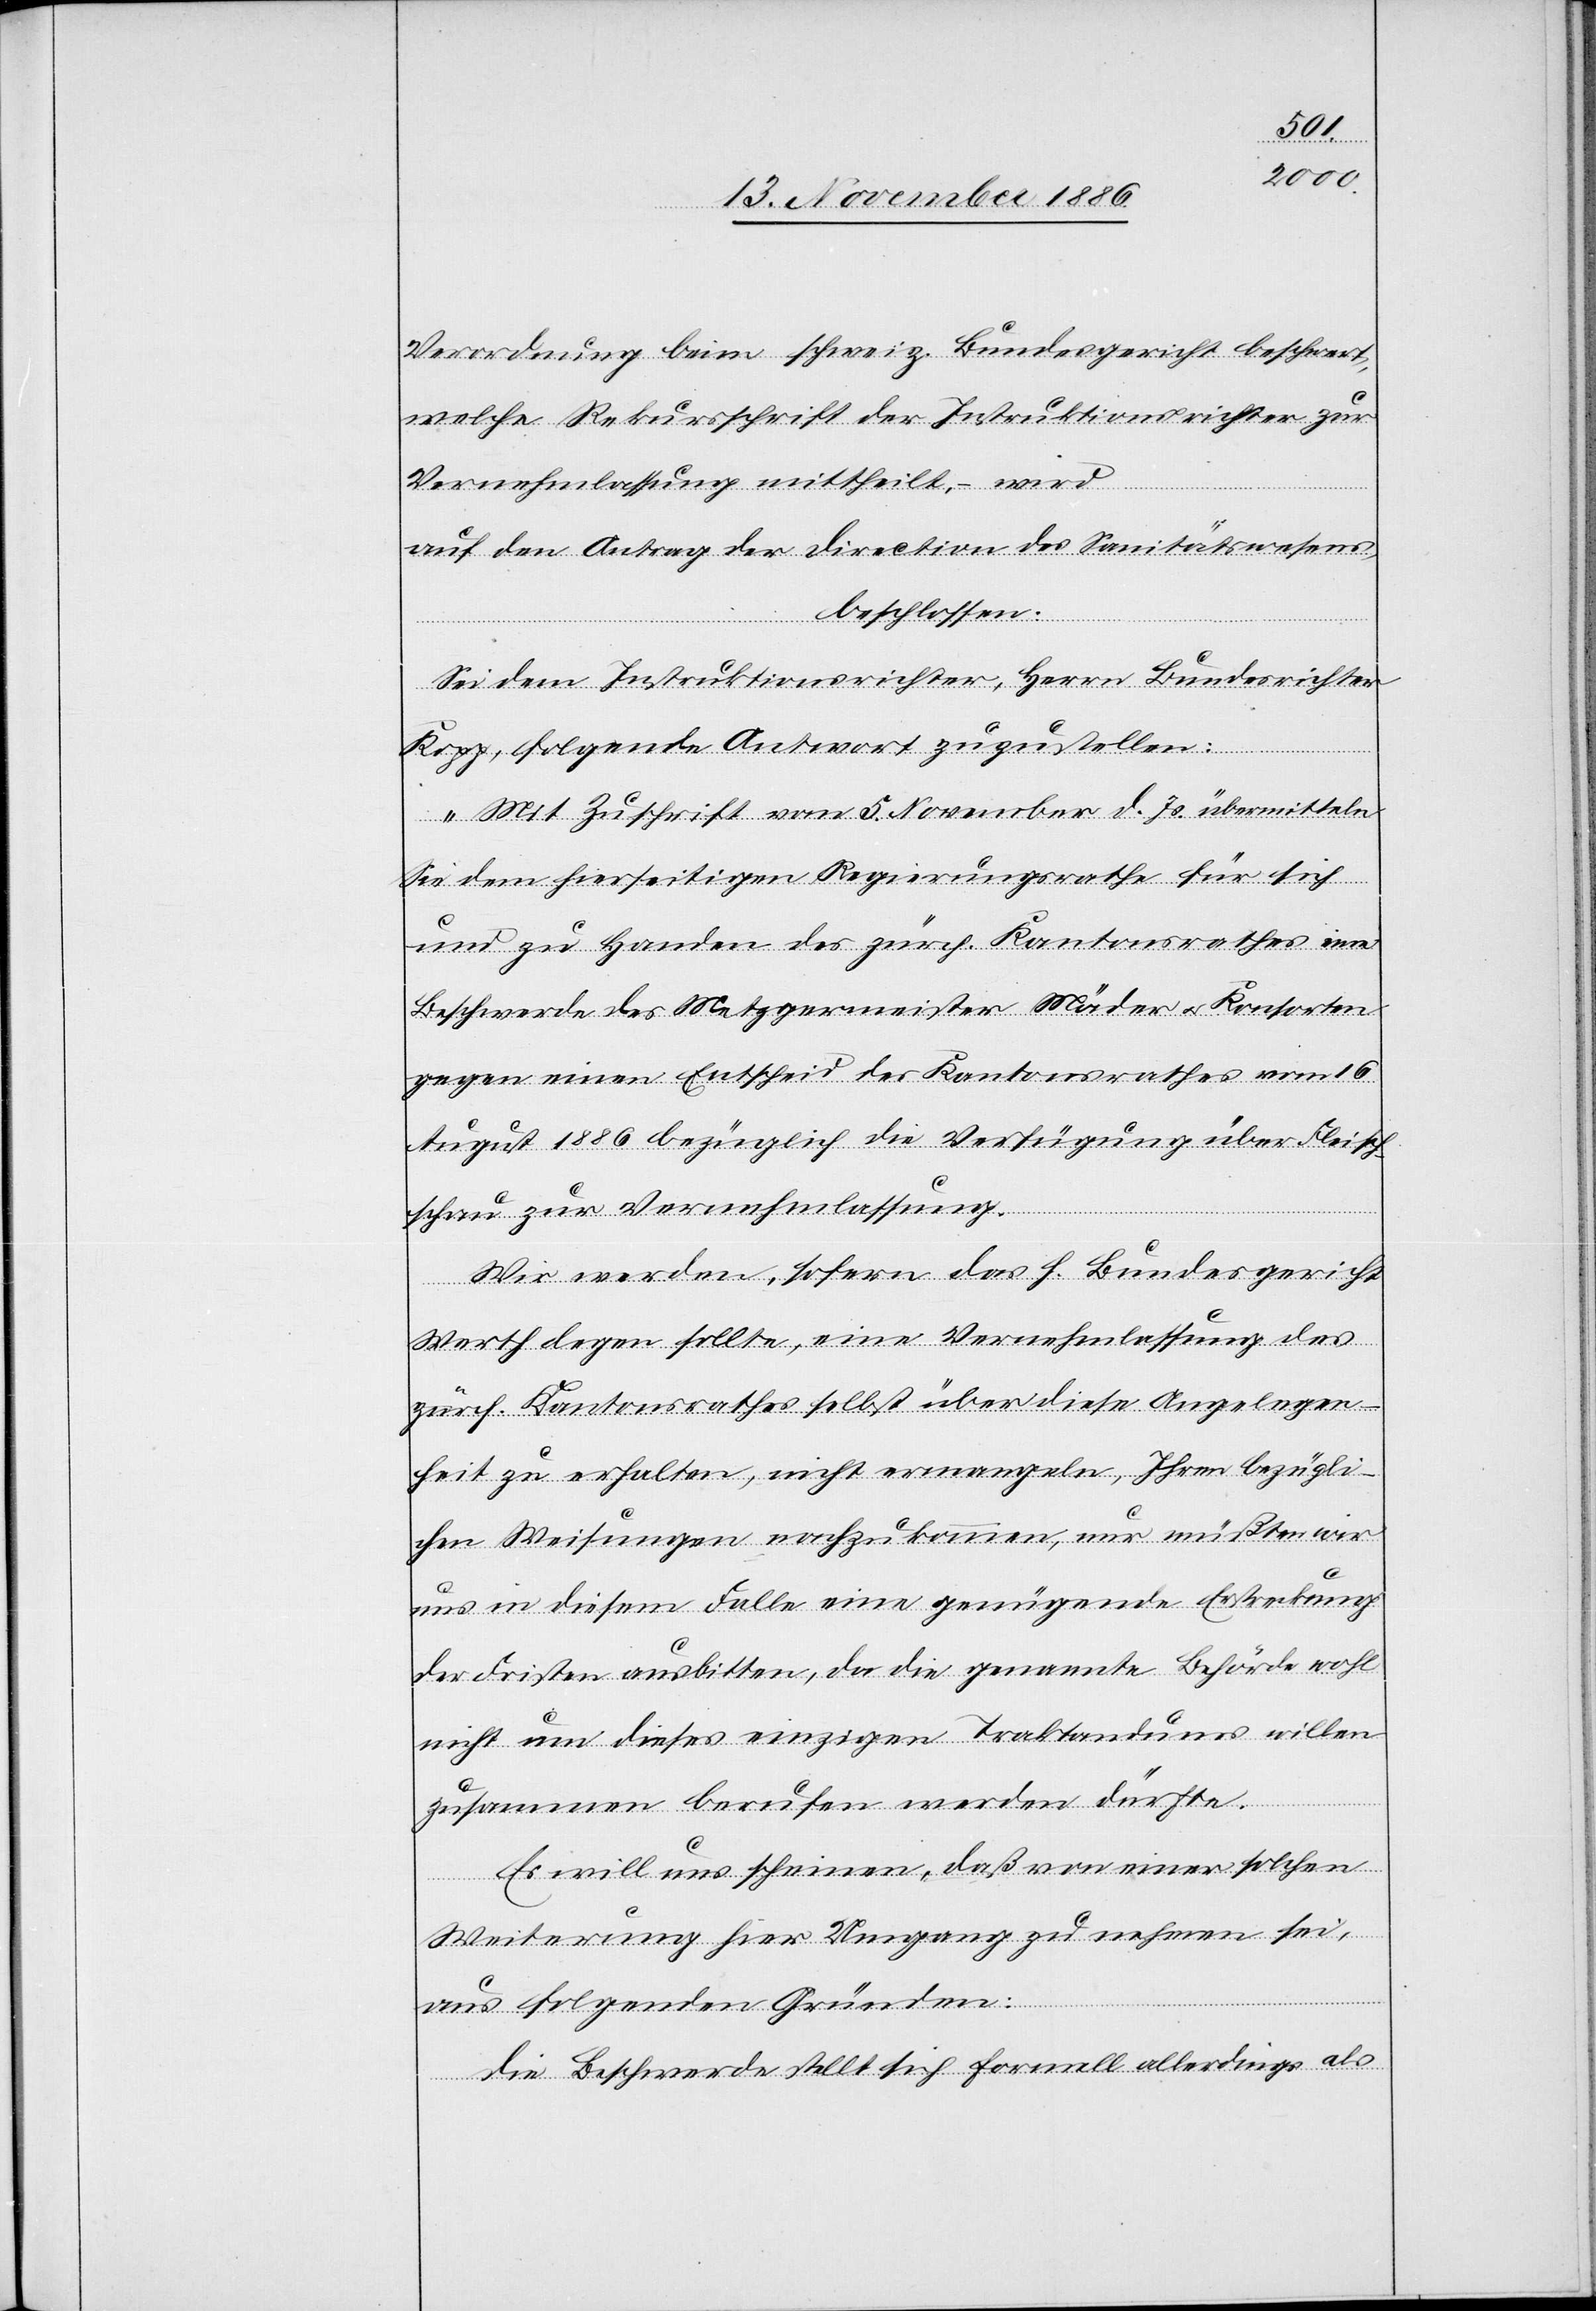
Verordnung beim schweiz. Bundesgericht beschwert,
welche Rekursschrift der Instruktionsrichter zur
Vernehmlassung mittheilt, – wird
auf den Antrag der Direction des Sanitätswesens,
beschlossen:
Sei dem Instruktionsrichter, Herrn Bundesrichter
Kopp, folgende Antwort zuzustellen:
„Mit Zuschrift vom 5. November d. Js. übermitteln
Sie dem hierseitigen Regierungsrathe für sich
und zu Handen des zürch. Kantonsrathes eine
Beschwerde des Metzgermeister Mäder & Konsorten
gegen einen Entscheid des Kantonsrathes vom 16.
August 1886 bezüglich die Verfügung über Fleisch¬
schau zur Vernehmlassung.
Wir werden, sofern das h. Bundesgericht
Werth legen sollte, eine Vernehmlassung des
zürch. Kantonsrathes selbst über diese Angelegen¬
heit zu erhalten, nicht ermangeln, Ihren bezügli¬
chen Weisungen nachzukommen, nur müßten wir
uns in diesem Fall eine genügende Erstreckung
der Fristen ausbitten, da die genannte Behörde wohl
nicht um dieses einzigen Traktandums willen
zusammen berufen werden dürfte.
Es will uns scheinen, daß von einer solchen
Weiterung hier Umgang zu nehmen sei,
aus folgenden Gründen:
Die Beschwerde stellt sich formell allerdings als